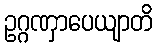
ဥဂ္ဂဏှာပေယျာတိ